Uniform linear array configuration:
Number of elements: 48
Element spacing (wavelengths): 0.75
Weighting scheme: blackman
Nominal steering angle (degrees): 45
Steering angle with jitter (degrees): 46.719
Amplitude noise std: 0.05
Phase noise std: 0.05

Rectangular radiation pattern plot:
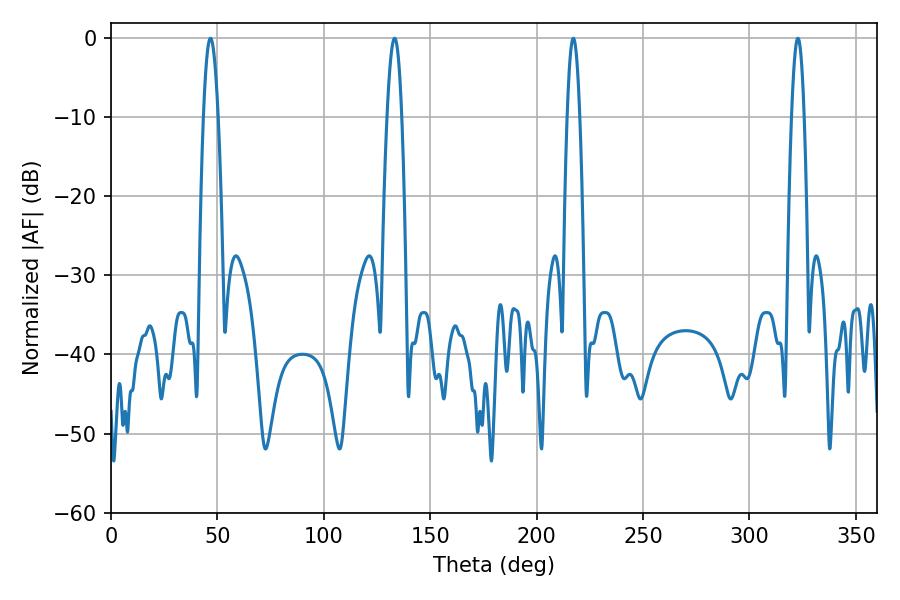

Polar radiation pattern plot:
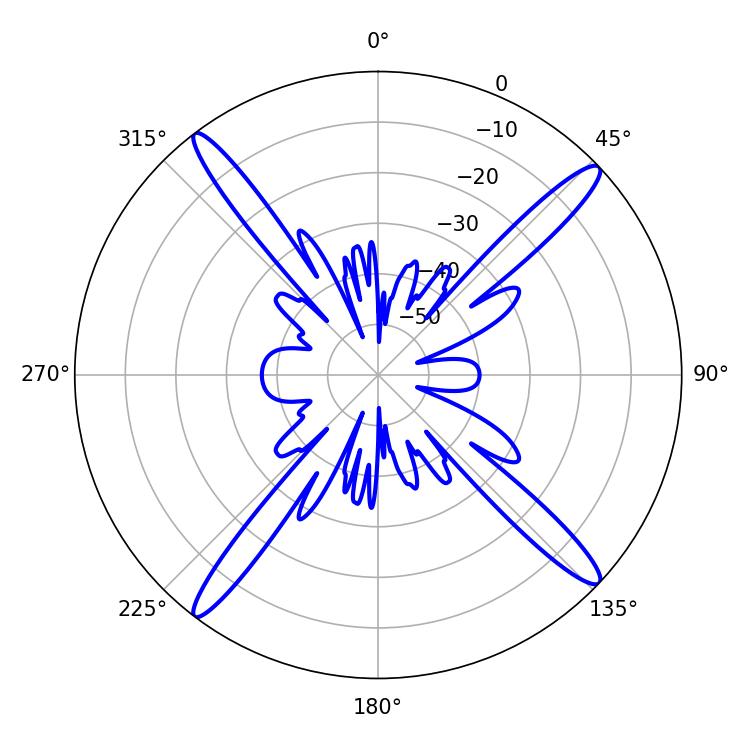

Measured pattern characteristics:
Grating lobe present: TRUE
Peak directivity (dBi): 18.217
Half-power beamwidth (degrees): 3.24
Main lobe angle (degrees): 322.74